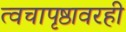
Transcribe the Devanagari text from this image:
त्वचापृष्ठावरही